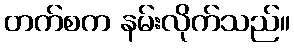
တက်စက နမ်းလိုက်သည်။